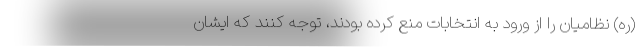
(ره) نظامیان را از ورود به انتخابات منع کرده بودند، توجه کنند که ایشان